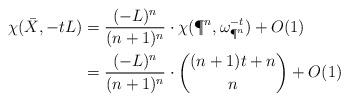
LaTeX: \begin{align*}\chi(\bar X,-tL)&=\frac{(-L)^n}{(n+1)^n}\cdot\chi(\P^n,\omega_{\P^n}^{-t})+O(1)\\&= \frac{(-L)^n}{(n+1)^n}\cdot\binom{(n+1)t+n}{n}+O(1)\end{align*}